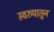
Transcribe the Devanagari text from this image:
स्वरुपातुन